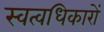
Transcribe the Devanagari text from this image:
स्वत्वधिकारों